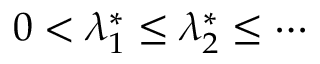
0 < \lambda _ { 1 } ^ { * } \leq \lambda _ { 2 } ^ { * } \leq \cdots